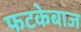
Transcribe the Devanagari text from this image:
फटकेबाज